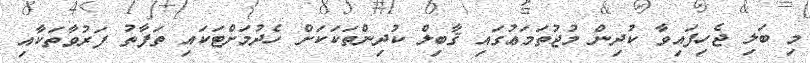
މި ބަލި ޖެހިފައިވާ ކުދިން މުޖުތަމަޢުގައި ޤާބިލް ކުދިންތަކަކަށް ހެދުމަށްޓަކައި ތަފާތު ފަރުވާތަކާއި